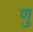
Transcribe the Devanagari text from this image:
णु